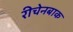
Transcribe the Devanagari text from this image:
रीचेनबाक